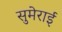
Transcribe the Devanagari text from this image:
सुमेराई